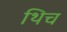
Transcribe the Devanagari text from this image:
थिच